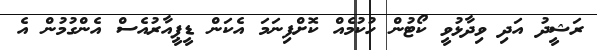
ރަޝީދު އަދި ވިދާޅުވީ ކޯޓުން ހުކުމެއް ކޮށްފިނަމަ އެކަން ޑީޕީއާރުއެސް އެންގުމުން އެ